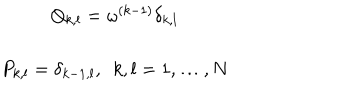
\begin{array} { c } { { Q _ { k , l } = \omega ^ { ( k - 1 ) } \delta _ { k , l } } } \\ { { P _ { k , l } = \delta _ { k - 1 , l } , \, \, \, k , l = 1 , \ldots , N } } \\ \end{array}